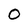
Character: 0